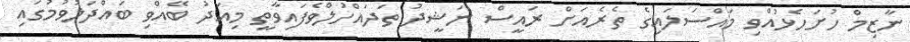
ނާޒިމް ހުށަހެޅުއްވި މައްސަލައިގެ ތެރެއަށް ރައީސް ނަޝީދު ތަދައްހުލްވެފައިވާތީ މިއަދު ބޭއްވި ބައްދަލުވުމުގައި